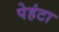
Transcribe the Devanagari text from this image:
पेहंटा